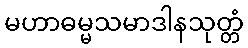
မဟာဓမ္မသမာဒါနသုတ္တံ